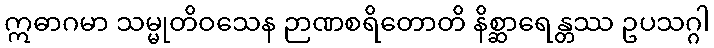
ဣဓာဂမာ သမ္မုတိဝသေန ဉာဏစရိတောတိ နိစ္ဆာရေန္တဿ ဥပသဂ္ဂါ